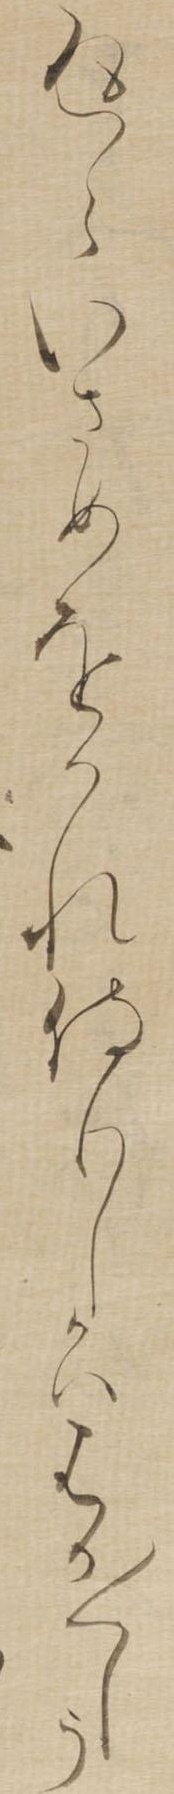
返ゝいさめをかれ侍りしかははか〱しう